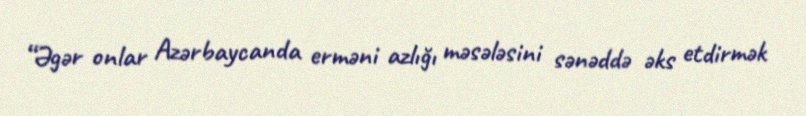
“Əgər onlar Azərbaycanda erməni azlığı məsələsini sənəddə əks etdirmək